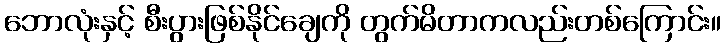
ဘောလုံးနှင့် စီးပွားဖြစ်နိုင်ချေကို တွက်မိတာကလည်းတစ်ကြောင်း။